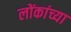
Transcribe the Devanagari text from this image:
लोंकांच्या